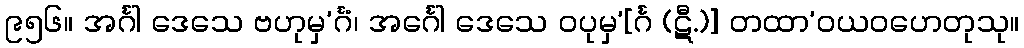
၉၅၆။ အင်္ဂါ ဒေသေ ဗဟုမှ’င်္ဂံ၊ အင်္ဂေါ ဒေသေ ဝပုမှ’[င်္ဂ (ဋီ.)] တထာ’ဝယဝဟေတုသု။